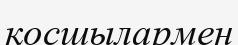
қосшылармен